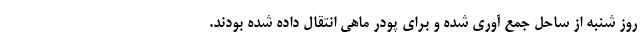
روز شنبه از ساحل جمع آوری شده و برای پودر ماهی انتقال داده شده بودند.